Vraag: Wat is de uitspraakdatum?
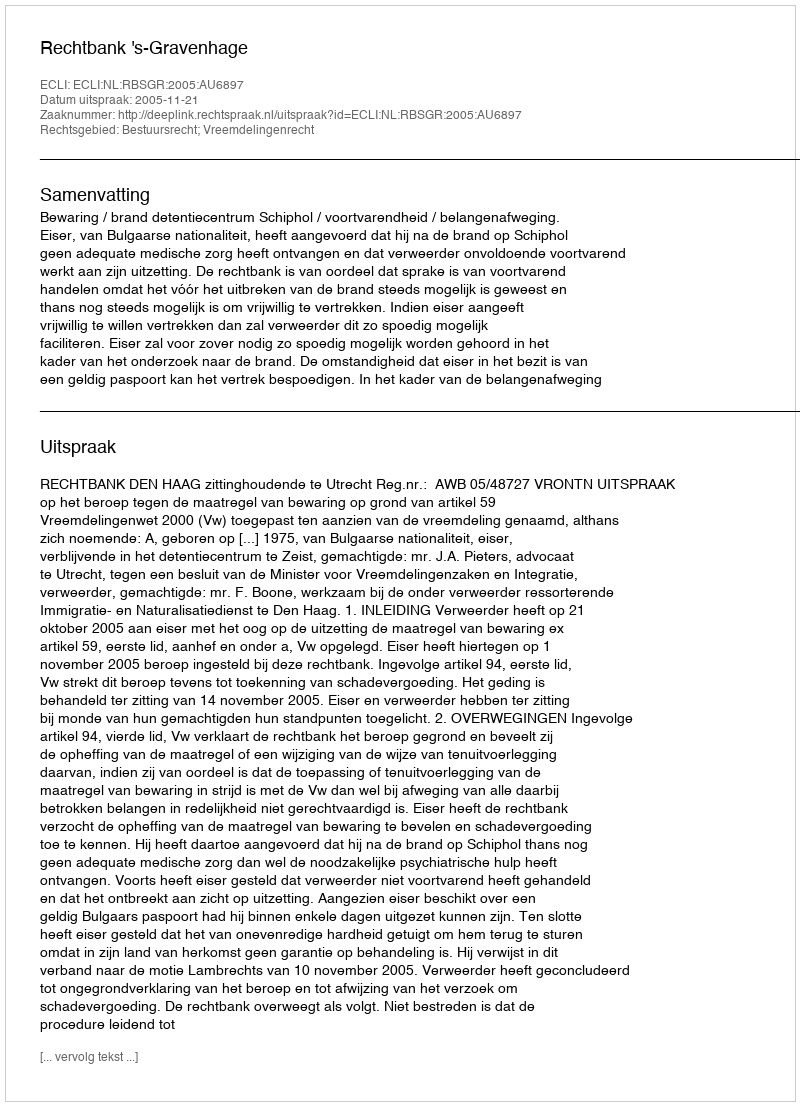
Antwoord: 2005-11-21